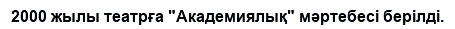
2000 жылы театрға "Академиялық" мәртебесі берілді.